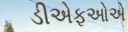
ડીએફઓએ